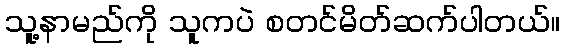
သူ့နာမည်ကို သူကပဲ စတင်မိတ်ဆက်ပါတယ်။